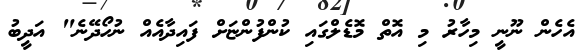
އެހެން ނޫނީ މިހާރު މި އޮތް މޮޑެލްގައި ކުންފުންޏަށް ފައިދާއެއް ނުހޯދޭނެ" އަދީބު